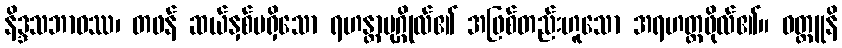
နိဒ္ဒသဘာဝဿ၊ တဖန် ဆယ်နှစ်မရှိသော ရဟန္တာပုဂ္ဂိုလ်၏ အဖြစ်တည်းဟူသော အရဟတ္တဖိုလ်၏။ ဝတ္ထူနိ